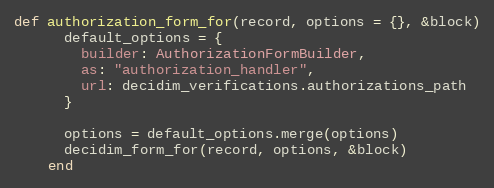
Language: Ruby
def authorization_form_for(record, options = {}, &block)
      default_options = {
        builder: AuthorizationFormBuilder,
        as: "authorization_handler",
        url: decidim_verifications.authorizations_path
      }

      options = default_options.merge(options)
      decidim_form_for(record, options, &block)
    end